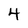
Character: 4